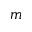
m